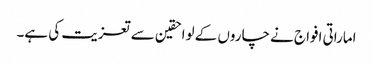
اماراتی افواج نے چاروں کے لواحقین سے تعزیت کی ہے۔